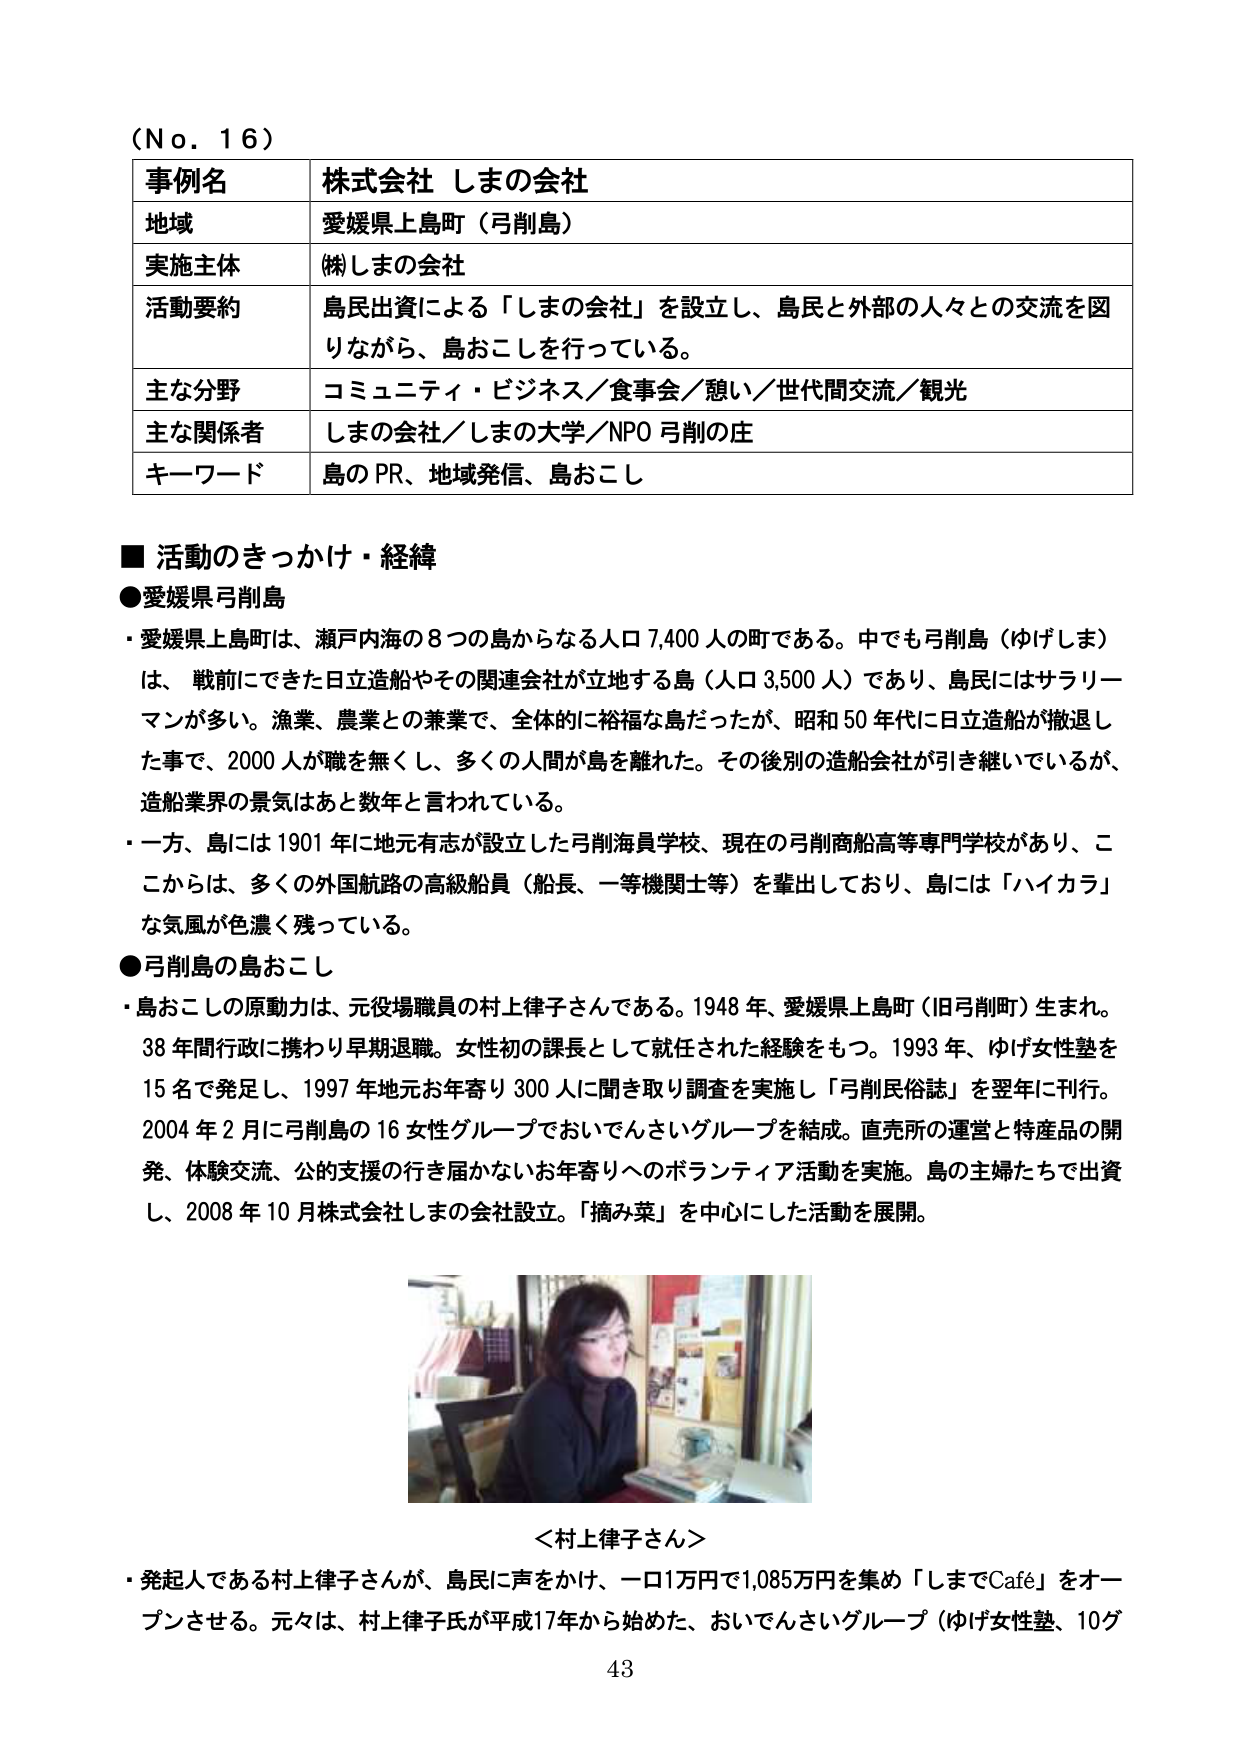
（Ｎｏ．１６）

事例名　株式会社 しまの会社
地域　愛媛県上島町（弓削島）
実施主体　(株)しまの会社
活動要約　島民出資による「しまの会社」を設立し、島民と外部の人々との交流を図りながら、島おこしを行っている。
主な分野　コミュニティ・ビジネス／食事会／憩い／世代間交流／観光
主な関係者　しまの会社／しまの大学／NPO 弓削の庄
キーワード　島の PR、地域発信、島おこし

■ 活動のきっかけ・経緯
●愛媛県弓削島
・愛媛県上島町は、瀬戸内海の８つの島からなる人口７,４００人の町である。中でも弓削島（ゆげしま）は、戦前にできた日立造船やその関連会社が立地する島（人口３,５００人）であり、島民にはサラリーマンが多い。漁業、農業との兼業で、全体的に裕福な島だったが、昭和５０年代に日立造船が撤退した事で、２０００人が職を無くし、多くの人間が島を離れた。その後別の造船会社が引き継いでいるが、造船業界の景気はあと数年と言われている。
・一方、島には１９０１年に地元有志が設立した弓削海員学校、現在の弓削商船高等専門学校があり、ここからは、多くの外国航路の高級船員（船長、一等機関士等）を輩出しており、島には「ハイカラ」な気風が色濃く残っている。

●弓削島の島おこし
・島おこしの原動力は、元役場職員の村上律子さんである。１９４８年、愛媛県上島町（旧弓削町）生まれ。３８年間行政に携わり早期退職。女性初の課長として就任された経験をもつ。１９９３年、ゆげ女性塾を１５名で発足し、１９９７年地元お年寄り３００人に聞き取り調査を実施し「弓削民俗誌」を翌年に刊行。２００４年２月に弓削島の１６女性グループでおいでんさいグループを結成。直売所の運営と特産品の開発、体験交流、公的支援の行き届かないお年寄りへのボランティア活動を実施。島の主婦たちで出資し、２００８年１０月株式会社しまの会社設立。「摘み菜」を中心にした活動を展開。

＜村上律子さん＞
・発起人である村上律子さんが、島民に声をかけ、一口１万円で１,０８５万円を集め「しまでCafé」をオープンさせる。元々は、村上律子氏が平成１７年から始めた、おいでんさいグループ（ゆげ女性塾、１０グ

43